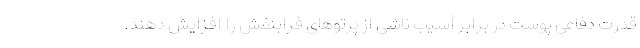
قدرت دفاعی پوست در برابر آسیب ناشی از پرتوهای فرابنفش را افزایش دهند.